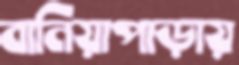
বানিয়াপাড়ায়